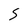
Character: S